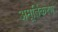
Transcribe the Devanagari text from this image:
अमूर्तिकरण